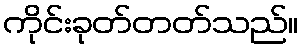
ကိုင်းခုတ်တတ်သည်။